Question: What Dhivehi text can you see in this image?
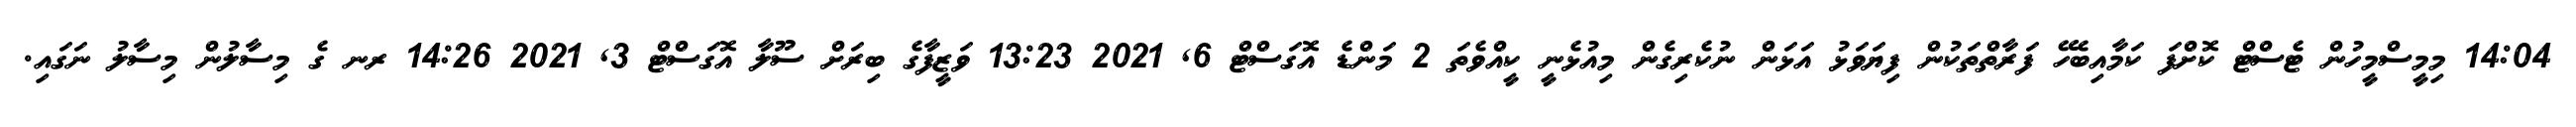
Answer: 14:04 މިމީސްމީހުން ޓެސްޓް ކޮށްފަ ކަމާއިބެހޭ ފަރާތްތަކުން ފިޔަވަޅު އަޅަން ނުކެރިގެން މިއުޅެނީ ކީއްވެތަ 2 މަންޑެ އޮގަސްޓް 6, 2021 13:23 ވަޒީފާގެ ބިރަށް ސޫލާ އޮގަސްޓް 3, 2021 14:26 ރނ ގެ މިސާލުން މިސާލު ނަގައި.